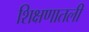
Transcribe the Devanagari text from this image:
शिक्षणातली